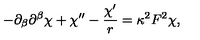
- \partial _ { \beta } \partial ^ { \beta } \chi + \chi ^ { \prime \prime } - \frac { \chi ^ { \prime } } { r } = \kappa ^ { 2 } F ^ { 2 } \chi ,